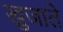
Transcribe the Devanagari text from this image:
खुजाते